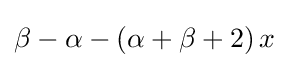
\beta -\alpha -(\alpha +\beta +2)\,x